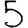
Digit: 5